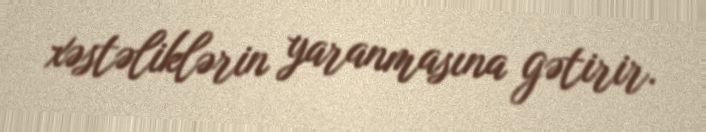
xəstəliklərin yaranmasına gətirir.